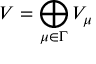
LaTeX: V = \bigoplus _ { \mu \in \Gamma } V _ { \mu }